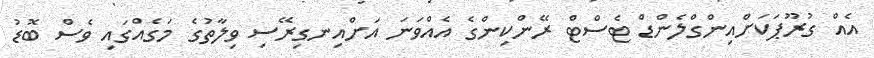
އެއް ގުރޫޕަކަށްއިންގްލެންޑް ޓެސްޓް ރޭންކިންގެ އެއްވަނަ އަށްއިނގިރޭސި ވިލާތުގެ މަގެއްގައި ވެސް ބޮޑު